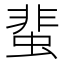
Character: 蜚